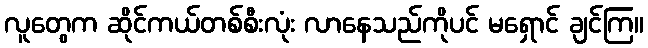
လူတွေက ဆိုင်ကယ်တစ်စီးလုံး လာနေသည်ကိုပင် မရှောင် ချင်ကြ။